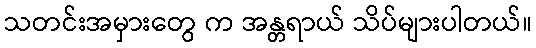
သတင်းအမှားတွေ က အန္တရာယ် သိပ်များပါတယ်။